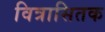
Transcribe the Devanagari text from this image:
वित्रासितक